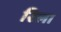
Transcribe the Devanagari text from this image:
रिला